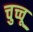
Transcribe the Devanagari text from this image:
चुच्चू